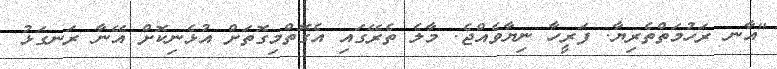
"އާނ ރަހުމަތްތެރިޔާ. ފަރީހާ ނިޔާވެއްޖެ. މާލެ ތެރޭގައި އެގޮތްމިގޮތަށް އުޅެނިކޮށް އޭނާ ރަނގަޅު